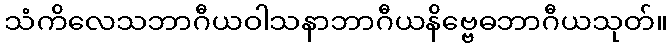
သံကိလေသဘာဂီယဝါသနာဘာဂီယနိဗ္ဗေဓဘာဂီယသုတ်။